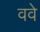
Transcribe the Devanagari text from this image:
ववे